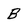
Character: B